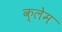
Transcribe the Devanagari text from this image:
क्‍लेम